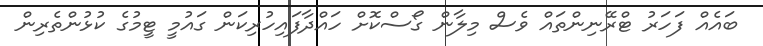
ބައެއް ފަހަރު ޓްރޭނިންތައް ވެސް މިލާން ގޯސްކޮށް ހައްދާފައިހުރިކަން ގައުމީ ޓީމުގެ ކުޅުންތެރިން